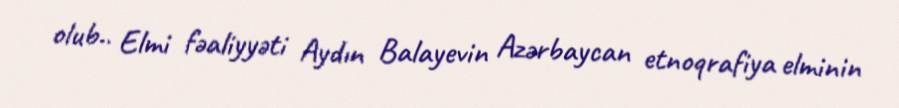
olub.. Elmi fəaliyyəti Aydın Balayevin Azərbaycan etnoqrafiya elminin